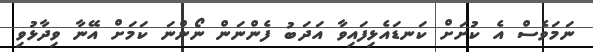
ނަމަވެސް އެ ކުށަށް ކަނޑައެޅިފައިވާ އަދަބު ފެންނަން ނޯންނަ ކަމަށް އޭނާ ވިދާޅުވި